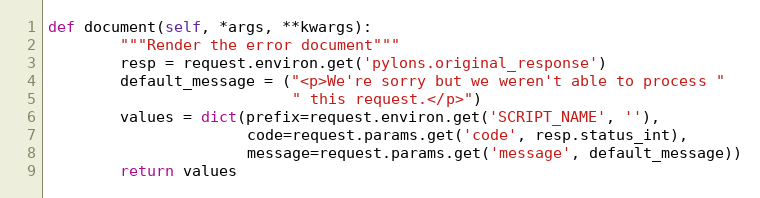
Language: Python
def document(self, *args, **kwargs):
        """Render the error document"""
        resp = request.environ.get('pylons.original_response')
        default_message = ("<p>We're sorry but we weren't able to process "
                           " this request.</p>")
        values = dict(prefix=request.environ.get('SCRIPT_NAME', ''),
                      code=request.params.get('code', resp.status_int),
                      message=request.params.get('message', default_message))
        return values